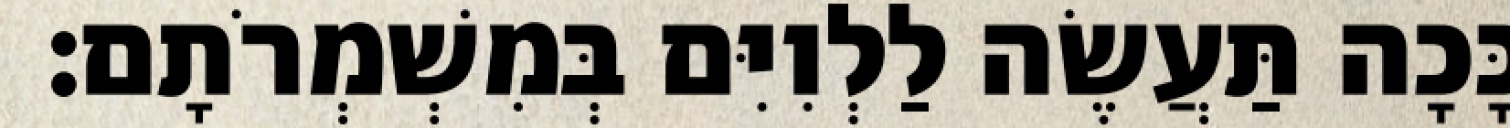
כָּכָה תַּעֲשֶׂה לַלְוִיִּם בְּמִשְׁמְרֹתָם׃